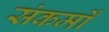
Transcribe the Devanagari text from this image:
संकर्मों